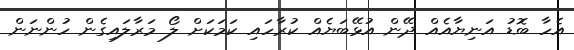
އެހާ ބޮޑު އަނިޔާއެއް ދޭން އުޅޭބަޔެއް ކުރާހައި ކަމަކަށް ލޯ މަރާލައިގެން ހުންނަން